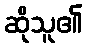
ဆိုသူ၏